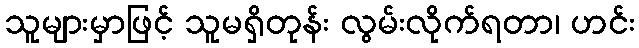
သူများမှာဖြင့် သူမရှိတုန်း လွမ်းလိုက်ရတာ၊ ဟင်း